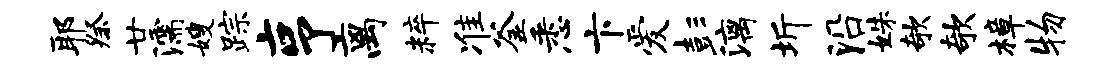
耶祭廿濡嫂踪亨离粹准釜悉卞爱彭漓圻沿姝欹欹樟物